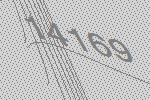
14169